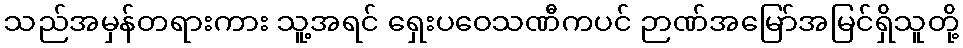
သည်အမှန်တရားကား သူ့အရင် ရှေးပဝေသဏီကပင် ဉာဏ်အမြော်အမြင်ရှိသူတို့